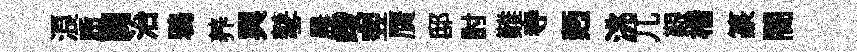
浪质闢治鴉养興鼕晨竣翌贋邸討難寺麪洮兀艱楷篆闇